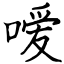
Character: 嗳